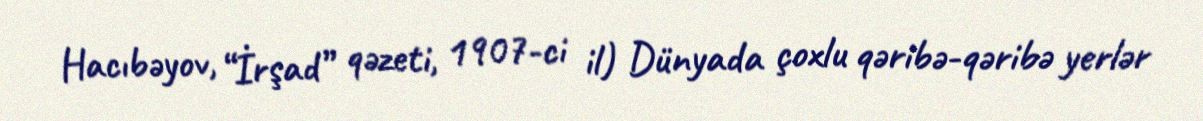
Hacıbəyov, “İrşad” qəzeti, 1907-ci il) Dünyada çoxlu qəribə-qəribə yerlər